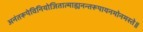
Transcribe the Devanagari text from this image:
अनंतरूपेविनियोजितात्माह्यनन्तरूपायनमोनमस्ते॥